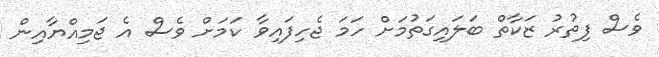
ވެސް ފިތުރު ޒަކާތް ބަލައިގަތުމަށް ހަމަ ޖެހިފައިވާ ކަމަށް ވެސް އެ ޖަމިއްޔާއިން